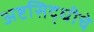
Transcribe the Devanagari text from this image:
अष्टसिद्धीचे